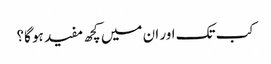
کب تک اور ان میں کچھ مفید ہو گا؟